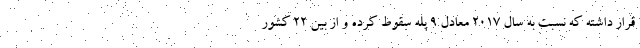
قرار داشته که نسبت به سال ۲۰۱۷ معادل ۹ پله سقوط کرده و از بین ۲۲ کشور